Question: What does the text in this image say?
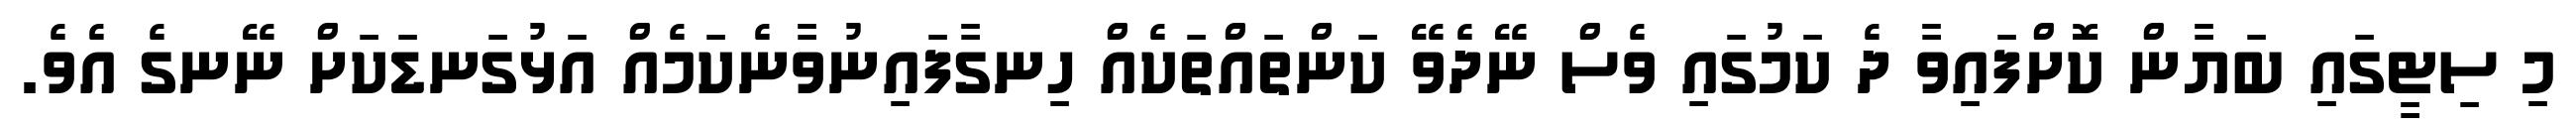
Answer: މި ސިޓީގައި ބަޔާން ކޮށްފައިވާ ދެ ކަމުގައި ވެސް ނޭދެވޭ ކަންތައްތަކެއް ހިނގާފައިނުވާނެކަމެއް އަޅުގަނޑަކަށް ނޭނގެ އެވެ.